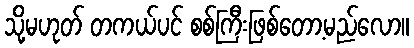
သို့မဟုတ် တကယ်ပင် စစ်ကြီးဖြစ်တော့မည်လော။